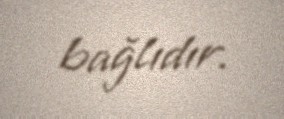
bağlıdır.